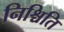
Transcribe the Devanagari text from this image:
निश्चिति